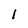
Character: l